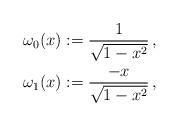
LaTeX: \begin{align*}& \omega_0(x) := \frac{1}{\sqrt{1-x^2}} \,, \\& \omega_1(x) := \frac{-x}{\sqrt{1-x^2}} \, ,\end{align*}